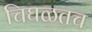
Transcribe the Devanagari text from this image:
चिघळतच